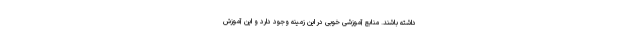
داشته باشند. منابع آموزشی خوبی در این زمینه وجود دارد و این آموزش